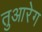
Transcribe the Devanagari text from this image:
तुआरेग